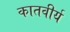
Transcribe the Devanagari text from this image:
कातवीर्य